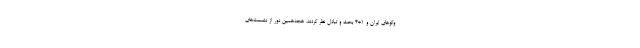
وگوهای ایران و ۱+۴ بحث و تبادل نظر کردند. هجدهمین دور از نشست‌های